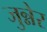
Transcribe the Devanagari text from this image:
जुन्नेर